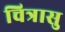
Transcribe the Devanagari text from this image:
चित्रासु